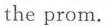
the prom.